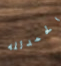
الحمدلله